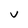
Character: v